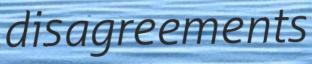
disagreements